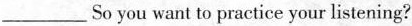
___So you want to practice your listening?